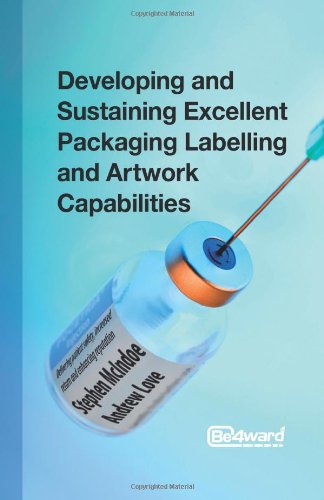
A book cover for Developing and Sustaining Excellent Packaging Labelling and Artwork Capabilities: Delivering patient safety, increased return and enhancing reputation; Stephen McIndoe; Business & Money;